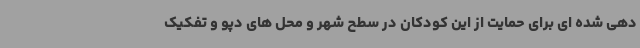
دهی شده ای برای حمایت از این کودکان در سطح شهر و محل های دپو و تفکیک